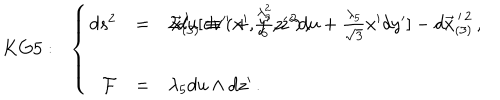
K G 5 : \, \, \, \, \left\{ \begin{array} { r c l } { { d s ^ { 2 } } } & { { = } } & { { 2 d u [ d v ^ { \prime \prime } + \frac { \lambda _ { 5 } ^ { 2 } } { 6 } z ^ { \prime \, 2 } d u + \frac { \lambda _ { 5 } } { \sqrt { 3 } } x ^ { \prime } d y ^ { \prime } ] - d \vec { x } _ { ( 3 ) } ^ { \, \prime \, 2 } \, , \hspace { 1 c m } \vec { x } _ { ( 3 ) } ^ { \, \prime } \equiv ( x ^ { \prime } , y ^ { \prime } , z ^ { \prime } ) \, , } } \\ { { } } & { { } } & { { } } \\ { { \mathcal { F } } } & { { = } } & { { \lambda _ { 5 } d u \land d z ^ { \prime } \, . } } \\ \end{array} \right.